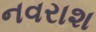
નવરાશ